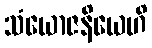
သံယောဇနိယေဟိ